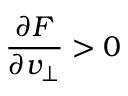
\frac { \partial F } { \partial v _ { \perp } } > 0